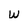
Character: w